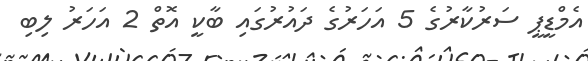
އެމްޑީޕީ ސަރުކާރުގެ 5 އަހަރުގެ ދައުރުގައި ބާކީ އޮތް 2 އަހަރު ލިބި